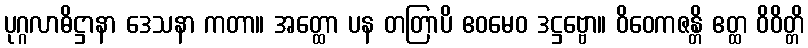
ပုဂ္ဂလာဓိဋ္ဌာနာ ဒေသနာ ကတာ။ အတ္ထော ပန တတြာပိ ဧဝမေဝ ဒဋ္ဌဗ္ဗော။ ဝိဝေကဇန္တိ ဧတ္ထ ဝိဝိတ္တိ